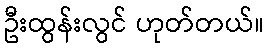
ဦးထွန်းလွင် ဟုတ်တယ်။